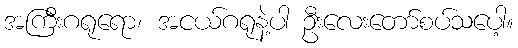
အကြီးဂရုရော၊ အငယ်ဂရုနဲ့ပါ ဦးလေးတော်စပ်သပေါ့။